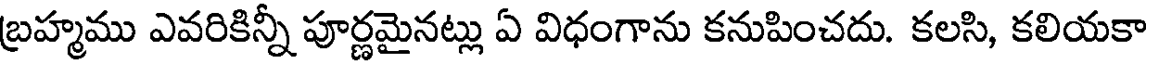
బ్రహ్మము ఎవరికిన్నీ పూర్ణమైనట్లు ఏ విధంగాను కనుపించదు. కలసి, కలియకా